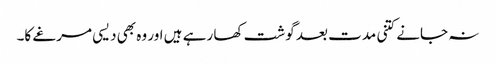
نہ جانے کتنی مدت بعد گوشت کھا رہے ہیں اور وہ بھی دیسی مرغے کا۔